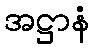
အဋ္ဌာနံ